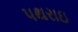
પથરાઇ